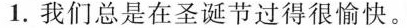
1.我们总是在圣诞节过得很愉快。